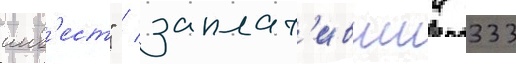
инв'ест" / заплат'ившии 333